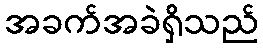
အခက်အခဲရှိသည်